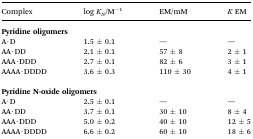
| Complex | log KN/M–1 | EM/mM | K EM |
 | --- | --- | --- | --- |
 | <COLSPAN=4> Pyridine oligomers |
 | A·D | 1.5 ± 0.1 | — | — |
 | AA·DD | 2.1 ± 0.1 | 57 ± 8 | 2 ± 1 |
 | AAA·DDD | 2.7 ± 0.1 | 82 ± 6 | 3 ± 1 |
 | AAAA·DDDD | 3.6 ± 0.3 | 110 ± 30 | 4 ± 1 |
 | <COLSPAN=4>  |
 | <COLSPAN=4> Pyridine N-oxide oligomers |
 | A·D | 2.5 ± 0.1 | — | — |
 | AA·DD | 3.7 ± 0.1 | 30 ± 10 | 8 ± 4 |
 | AAA·DDD | 5.0 ± 0.2 | 40 ± 10 | 12 ± 5 |
 | AAAA·DDDD | 6.6 ± 0.2 | 60 ± 10 | 18 ± 6 |